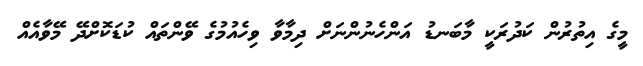
މީގެ އިތުރުން ކަދުރަކީ މާބަނޑު އަންހެނުންނަށް ދިމާވާ ވިހެއުމުގެ ވޭންތައް ކުޑަކޮށްދޭ މޭވާއެއް